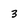
Character: 3